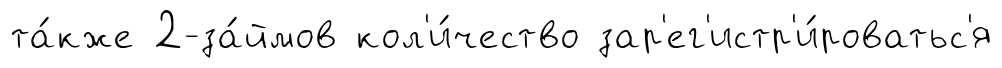
та́кже 2-за́ймов кол'и́чество зар'ег'истр'и́роватьс'я